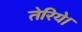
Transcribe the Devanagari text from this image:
तेरिये।